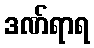
ဒဏ်ရာရ